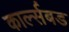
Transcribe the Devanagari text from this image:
कार्ल्सबड